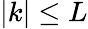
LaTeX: |k|\leq L